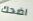
اضحك